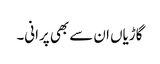
گاڑیاں ان سے بھی پرانی۔